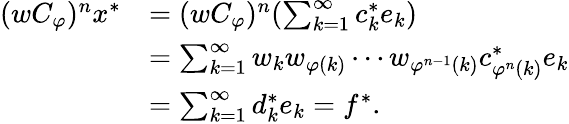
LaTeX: \begin{array}{rl}{(wC_{\varphi})^{n}x^{*}}&{=(wC_{\varphi})^{n}(\sum_{k=1}^{\infty}{c_{k}^{*}e_{k}})}\\ &{=\sum_{k=1}^{\infty}{w_{k}w_{\varphi(k)}\cdots w_{\varphi^{n-1}(k)}c_{\varphi^{n}(k)}^{*}e_{k}}}\\ &{=\sum_{k=1}^{\infty}{d_{k}^{*}e_{k}}=f^{*}.}\end{array}